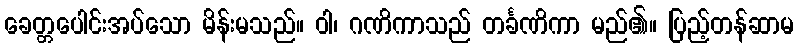
ခေတ္တပေါင်းအပ်သော မိန်းမသည်။ ဝါ၊ ဂဏိကာသည် တင်္ခဏိကာ မည်၏။ ပြည့်တန်ဆာမ